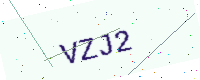
Text: VZJ2